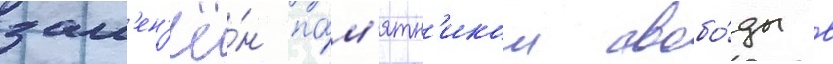
зам'ен'ё́н па́м'ятн'иком свобо́ды в